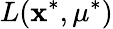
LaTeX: L(\mathbf{x}^{\ast},\mathbf{\mu}^{\ast})